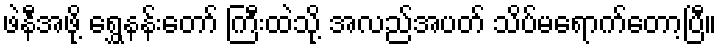
ဖဲနီအဖို့ ရွှေနန်းတော် ကြီးထဲသို့ အလည်အပတ် သိပ်မရောက်တော့ပြီ။